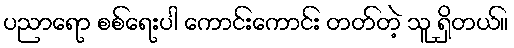
ပညာရော စစ်ရေးပါ ကောင်းကောင်း တတ်တဲ့ သူ ရှိတယ်။